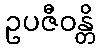
ဥပဇီဝန္တိ